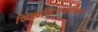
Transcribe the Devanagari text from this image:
शिलाजिताबरोबर